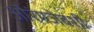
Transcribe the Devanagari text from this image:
औरंगजेबशी